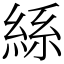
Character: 𮈔